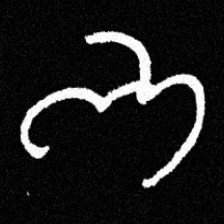
Pyu character \u2014 Myanmar letter: ဘ (romanized: bha)